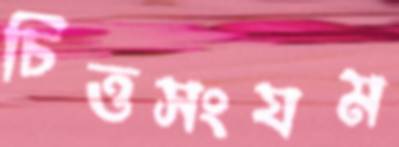
চিত্তসংযম